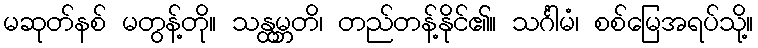
မဆုတ်နစ် မတွန့်တို။ သန္ထမ္ဘတိ၊ တည်တန့်နိုင်၏။ သင်္ဂါမံ၊ စစ်မြေအရပ်သို့။